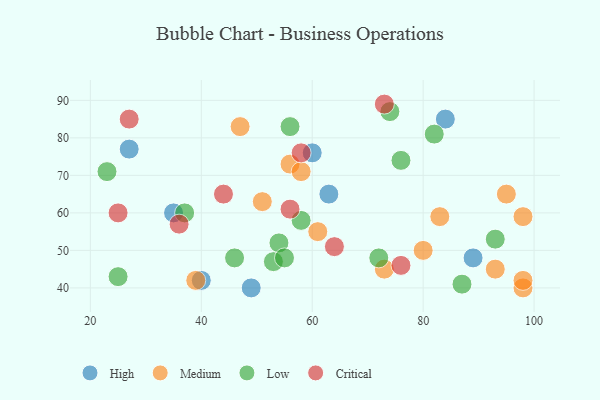
{"axis": {"x": "GDP", "y": "Life Expectancy"}, "legend": ["Critical", "High", "Low", "Medium"], "data": [{"x": "49", "y": 40, "type": "High"}, {"x": "35", "y": 60, "type": "High"}, {"x": "27", "y": 77, "type": "High"}, {"x": "63", "y": 65, "type": "High"}, {"x": "60", "y": 76, "type": "High"}, {"x": "89", "y": 48, "type": "High"}, {"x": "40", "y": 42, "type": "High"}, {"x": "84", "y": 85, "type": "High"}, {"x": "98", "y": 40, "type": "Medium"}, {"x": "93", "y": 45, "type": "Medium"}, {"x": "56", "y": 73, "type": "Medium"}, {"x": "73", "y": 45, "type": "Medium"}, {"x": "58", "y": 71, "type": "Medium"}, {"x": "39", "y": 42, "type": "Medium"}, {"x": "47", "y": 83, "type": "Medium"}, {"x": "95", "y": 65, "type": "Medium"}, {"x": "51", "y": 63, "type": "Medium"}, {"x": "98", "y": 42, "type": "Medium"}, {"x": "83", "y": 59, "type": "Medium"}, {"x": "98", "y": 59, "type": "Medium"}, {"x": "61", "y": 55, "type": "Medium"}, {"x": "80", "y": 50, "type": "Medium"}, {"x": "54", "y": 52, "type": "Low"}, {"x": "23", "y": 71, "type": "Low"}, {"x": "53", "y": 47, "type": "Low"}, {"x": "55", "y": 48, "type": "Low"}, {"x": "25", "y": 43, "type": "Low"}, {"x": "72", "y": 48, "type": "Low"}, {"x": "56", "y": 83, "type": "Low"}, {"x": "46", "y": 48, "type": "Low"}, {"x": "87", "y": 41, "type": "Low"}, {"x": "37", "y": 60, "type": "Low"}, {"x": "82", "y": 81, "type": "Low"}, {"x": "93", "y": 53, "type": "Low"}, {"x": "74", "y": 87, "type": "Low"}, {"x": "76", "y": 74, "type": "Low"}, {"x": "58", "y": 58, "type": "Low"}, {"x": "76", "y": 46, "type": "Critical"}, {"x": "58", "y": 76, "type": "Critical"}, {"x": "27", "y": 85, "type": "Critical"}, {"x": "73", "y": 89, "type": "Critical"}, {"x": "36", "y": 57, "type": "Critical"}, {"x": "56", "y": 61, "type": "Critical"}, {"x": "25", "y": 60, "type": "Critical"}, {"x": "44", "y": 65, "type": "Critical"}, {"x": "64", "y": 51, "type": "Critical"}]}